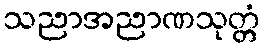
သညာအညာဏသုတ္တံ